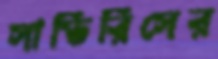
সাভিরিসের